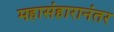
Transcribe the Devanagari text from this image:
महासंहारानंतर